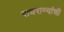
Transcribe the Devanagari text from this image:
राघराण्यांची